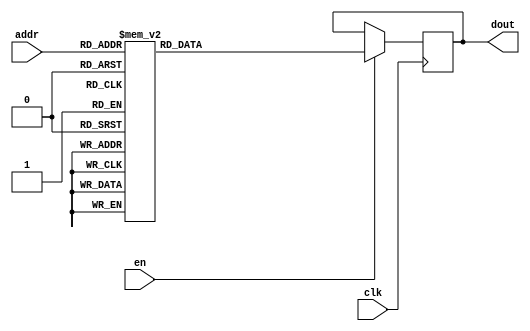
`timescale 1ns / 1ps
/*
Copyright
All right reserved.
Module Name: rom_syn
Author  : Zichuan Liu, Yixing Li and Wenye Liu.
Description:
A synthesized ROM: ROM_DEP x ROM_WID
*/
module DC_7_REF_ROM_14(
// inputs
clk,
en,
addr,
// outputs
dout
);
localparam ROM_WID = 14;
localparam ROM_DEP = 32;
localparam ROM_ADDR = 5;
// input definition
input clk;
input en;
input [ROM_ADDR-1:0] addr;
// output definition
output [ROM_WID-1:0] dout;
reg [ROM_WID-1:0] data;
always @(posedge clk)
begin
if (en) begin
case(addr)
		5'd0: data <= 14'b01001001010001;
		5'd1: data <= 14'b01001010010010;
		5'd2: data <= 14'b01001101101101;
		5'd3: data <= 14'b01000101110001;
		5'd4: data <= 14'b01001100110011;
		5'd5: data <= 14'b01001101110010;
		5'd6: data <= 14'b01001001111000;
		5'd7: data <= 14'b01000111001011;
		5'd8: data <= 14'b01000110110001;
		5'd9: data <= 14'b01000101101001;
		5'd10: data <= 14'b01000110000110;
		5'd11: data <= 14'b01001001111110;
		5'd12: data <= 14'b01001000110001;
		5'd13: data <= 14'b01001001001111;
		5'd14: data <= 14'b01001000001100;
		5'd15: data <= 14'b01000111001111;
		5'd16: data <= 14'b01001100011001;
		5'd17: data <= 14'b01001001011100;
		5'd18: data <= 14'b01001010110111;
		5'd19: data <= 14'b01001001101011;
		5'd20: data <= 14'b01001000000011;
		5'd21: data <= 14'b01001010000000;
		5'd22: data <= 14'b01001011010000;
		5'd23: data <= 14'b01001001001100;
		5'd24: data <= 14'b01001011011111;
		5'd25: data <= 14'b01001001101001;
		5'd26: data <= 14'b01001001011100;
		5'd27: data <= 14'b01001000000110;
		5'd28: data <= 14'b01000111010111;
		5'd29: data <= 14'b01001010010110;
		5'd30: data <= 14'b01001010111100;
		5'd31: data <= 14'b01001101011111;
		endcase
		end
	end
	assign dout = data;
endmodule